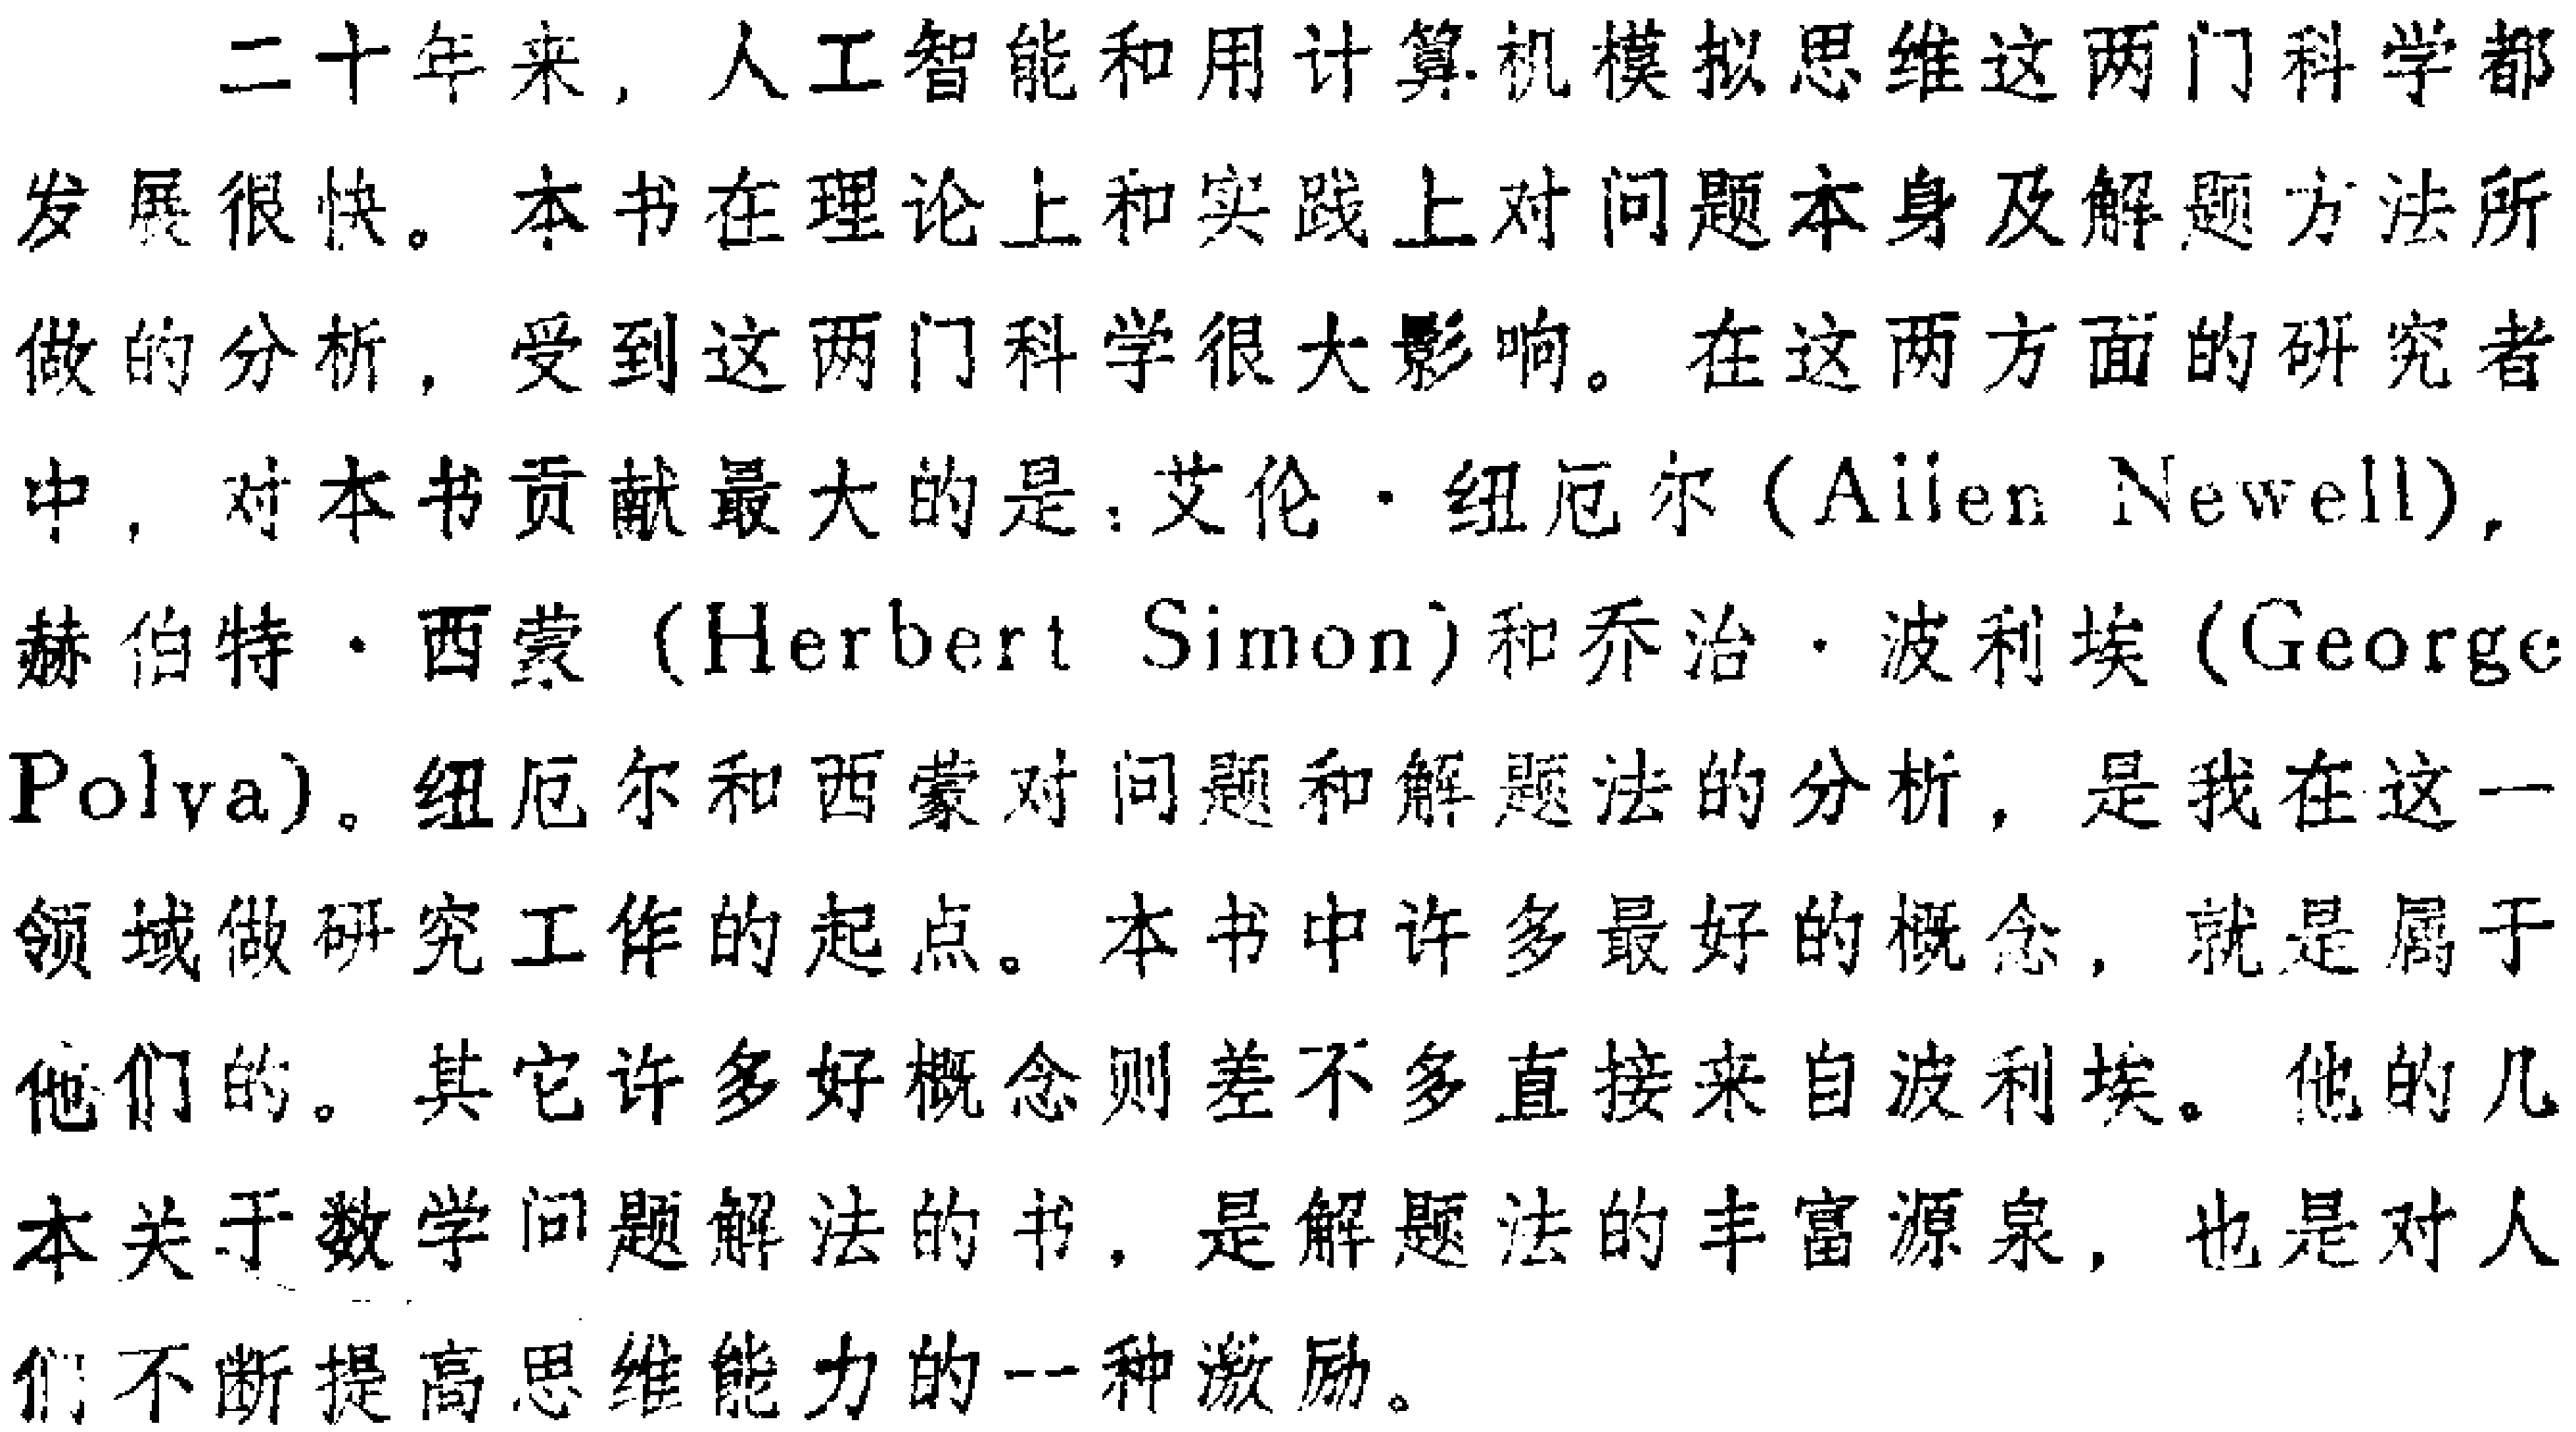
二十年来，人工智能和用计算机模拟思维这两门科学都

发展很快。本书在理论上和实践上对问题本身及解题方法所

做的分析，受到这两门科学很大影响。在这两方面的研究者

中，对本书贡献最大的是：艾伦·纽厄尔（Ailen Newell)，

赫伯特·西蒙（Herbert Simon)和乔治·波利埃（George

Polya)。纽厄尔和西蒙对问题和解题法的分析，是我在这一

领域做研究工作的起点。本书中许多最好的概念，就是属于

他们的。其它许多好概念则差不多直接来自波利埃。他的几

本关于数学问题解法的书，是解题法的丰富源泉，也是对人

们不断提高思维能力的一种激励。